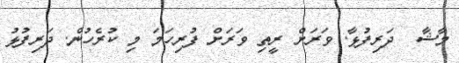
މާޝާ  ދަރިފުޅާ. ވަރަށް ރީތި ވަރަށް ފުރިހަމަ މި ކުރެހުން. ދަރިފުޅު